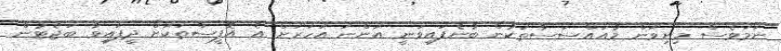
ނަމަވެސް މިނިވަން މުއައްސަސާތަކުން ބުނެފައިވަނީ އަންނަ އަހަރަށް އެ އޮފީސްތަކަށް ދީފައިވާ ބަޖެޓުން